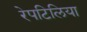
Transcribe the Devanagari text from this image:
रेपटिलिया